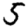
Digit: 5